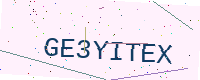
Text: GE3YITEX